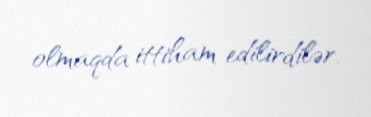
olmaqda ittiham edilirdilər.